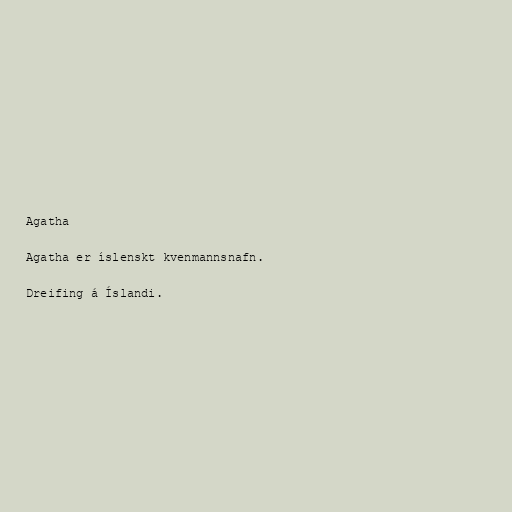
Agatha

Agatha er íslenskt kvenmannsnafn.

Dreifing á Íslandi.